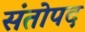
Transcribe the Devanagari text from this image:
संतोपद